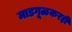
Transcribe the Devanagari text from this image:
माडगूळकरही